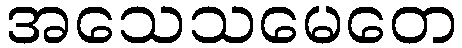
အသေသမေတေ